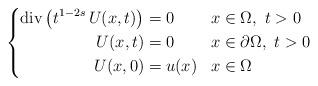
LaTeX: \begin{align*}\left\lbrace\begin{aligned}\hbox{div}\left(t^{1-2s}\,U(x,t)\right) &=0& & x\in\Omega,\ t>0 \\U(x,t) &= 0 & & x\in\partial\Omega,\ t>0 \\U(x,0) &= u(x) & & x\in\Omega\end{aligned}\right.\end{align*}